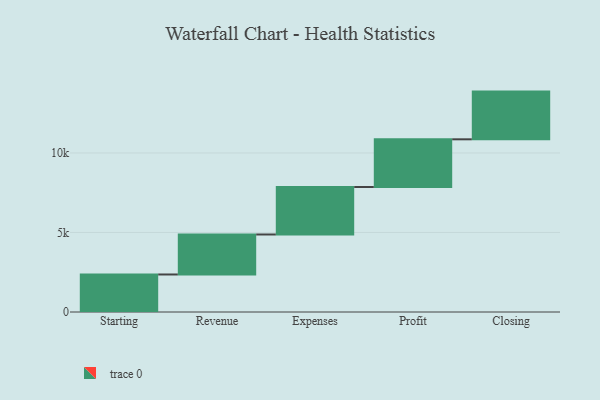
{"axis": {"x": "Step", "y": "Value"}, "legend": [""], "data": [{"x": "Starting", "y": 2359.0, "type": ""}, {"x": "Revenue", "y": 2515.0, "type": ""}, {"x": "Expenses", "y": 2985.0, "type": ""}, {"x": "Profit", "y": 3000, "type": ""}, {"x": "Closing", "y": 3000, "type": ""}]}